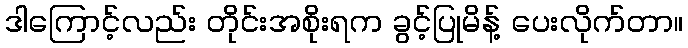
ဒါကြောင့်လည်း တိုင်းအစိုးရက ခွင့်ပြုမိန့် ပေးလိုက်တာ။